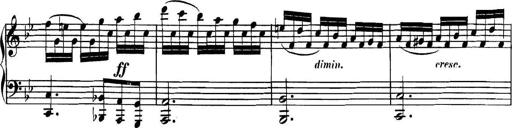
Title: Collected Piano Sonatas
Composer: Muzio Clementi